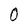
Character: 0